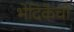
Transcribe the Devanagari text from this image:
भेदिकेची